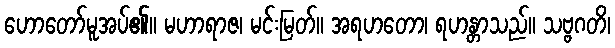
ဟောတော်မူအပ်၏။ မဟာရာဇ၊ မင်းမြတ်။ အရဟတော၊ ရဟန္တာသည်။ သဗ္ဗဂတိ၊